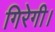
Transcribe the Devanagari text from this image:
गिरेगी।